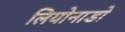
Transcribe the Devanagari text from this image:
लियोनाडो